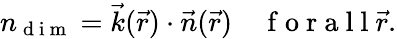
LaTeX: n_{\mathrm{~d~i~m~}}=\vec{k}(\vec{r})\cdot\vec{n}(\vec{r})\enspace\enspace\mathrm{~f~o~r~a~l~l~}\vec{r}.